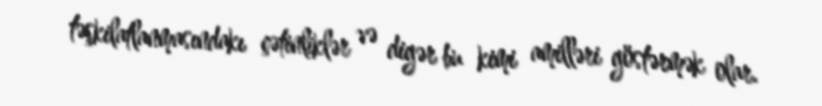
təşkilatlanmasındakı çətinliklər və digər bu kimi amilləri göstərmək olar.